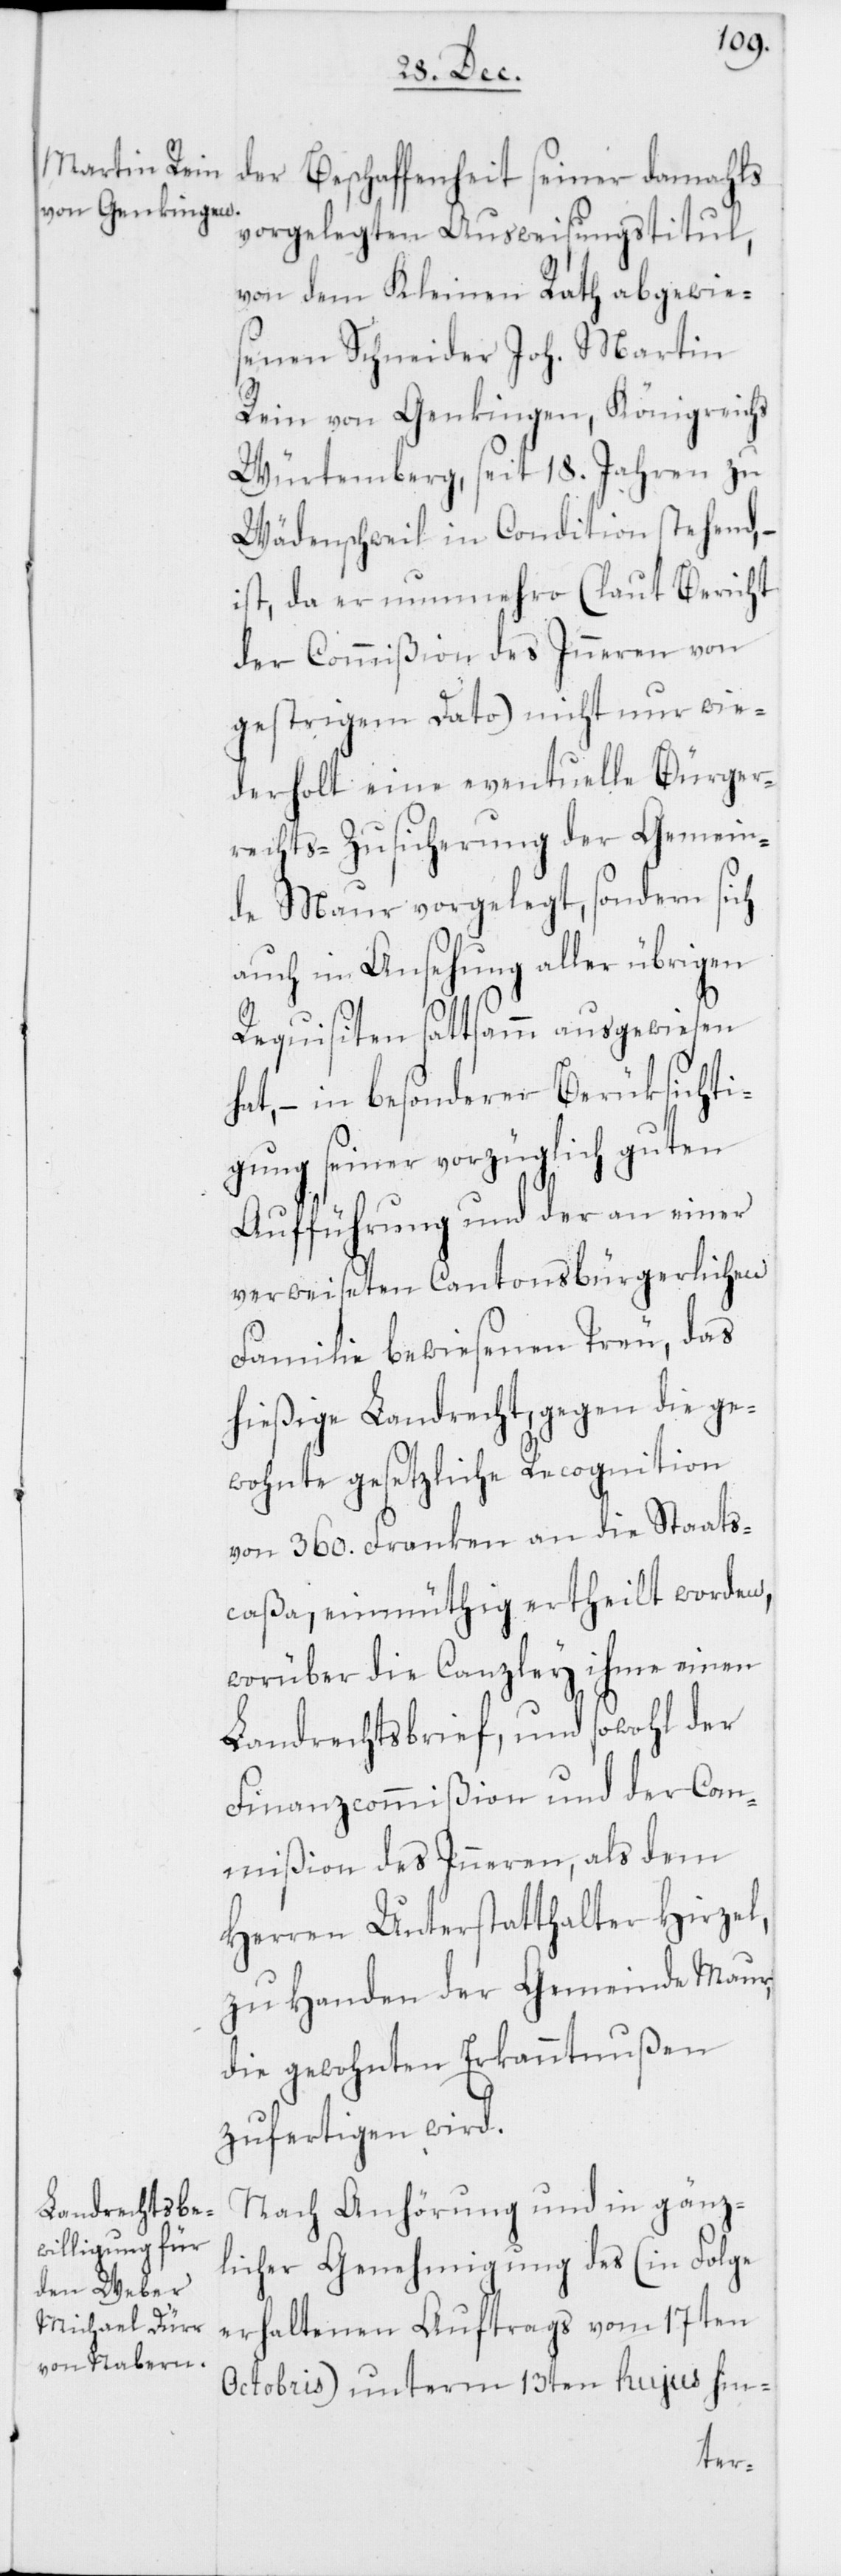
der Beschaffenheit seiner damahls
vorgelegten Ausweisungstitul,
von dem Kleinen Rath abgewie¬
senen Schneider Joh. Martin
Rein von Genkingen, Königreichs
Würtemberg, seit 18. Jahren zu
Wädenschweil in Condition stehend,
ist, da er nunmehro (laut Bericht
der Commißion des Inneren von
gestrigem Dato) nicht nur wie¬
derholt eine eventuelle Bürger¬
rechts-Zusicherung der Gemein¬
de Maur vorgelegt, sondern sich
auch in Ansehung aller übrigen
Requisiten sattsamm ausgewiesen
hat, – in besonderer Berüksichti¬
gung seiner vorzüglich guten
Aufführung und der an einer
verweiseten Cantonsbürgerlichen
Familie bewiesenen Treu, das
hießige Landrecht, gegen die ge¬
wohnte gesetzliche Recognition
von 360. Franken an die Staats¬
caßa, einmüthig ertheilt worden,
worüber die Canzley ihme einen
Landrechtsbrief, und sowohl der
Finanzcommißion und der Com¬
mißion des Inneren, als dem
Herren Unterstatthalter Hirzel,
zu Handen der Gemeinde Maur,
die gewohnten Erkanntnußen
zufertigen wird.
Nach Anhörung und in gänz¬
licher Genehmigung des (in Folge
erhaltenen Auftrags vom 17ten
Octobris) unterm 13ten hujus hin-